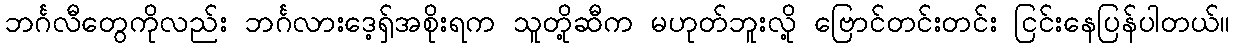
ဘင်္ဂလီတွေကိုလည်း ဘင်္ဂလားဒေ့ရှ်အစိုးရက သူတို့ဆီက မဟုတ်ဘူးလို့ ဗြောင်တင်းတင်း ငြင်းနေပြန်ပါတယ်။